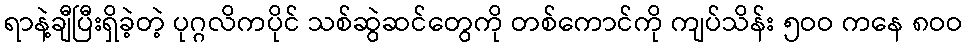
ရာနဲ့ချီပြီးရှိခဲ့တဲ့ ပုဂ္ဂလိကပိုင် သစ်ဆွဲဆင်တွေကို တစ်ကောင်ကို ကျပ်သိန်း ၅ဝဝ ကနေ ၈ဝဝ